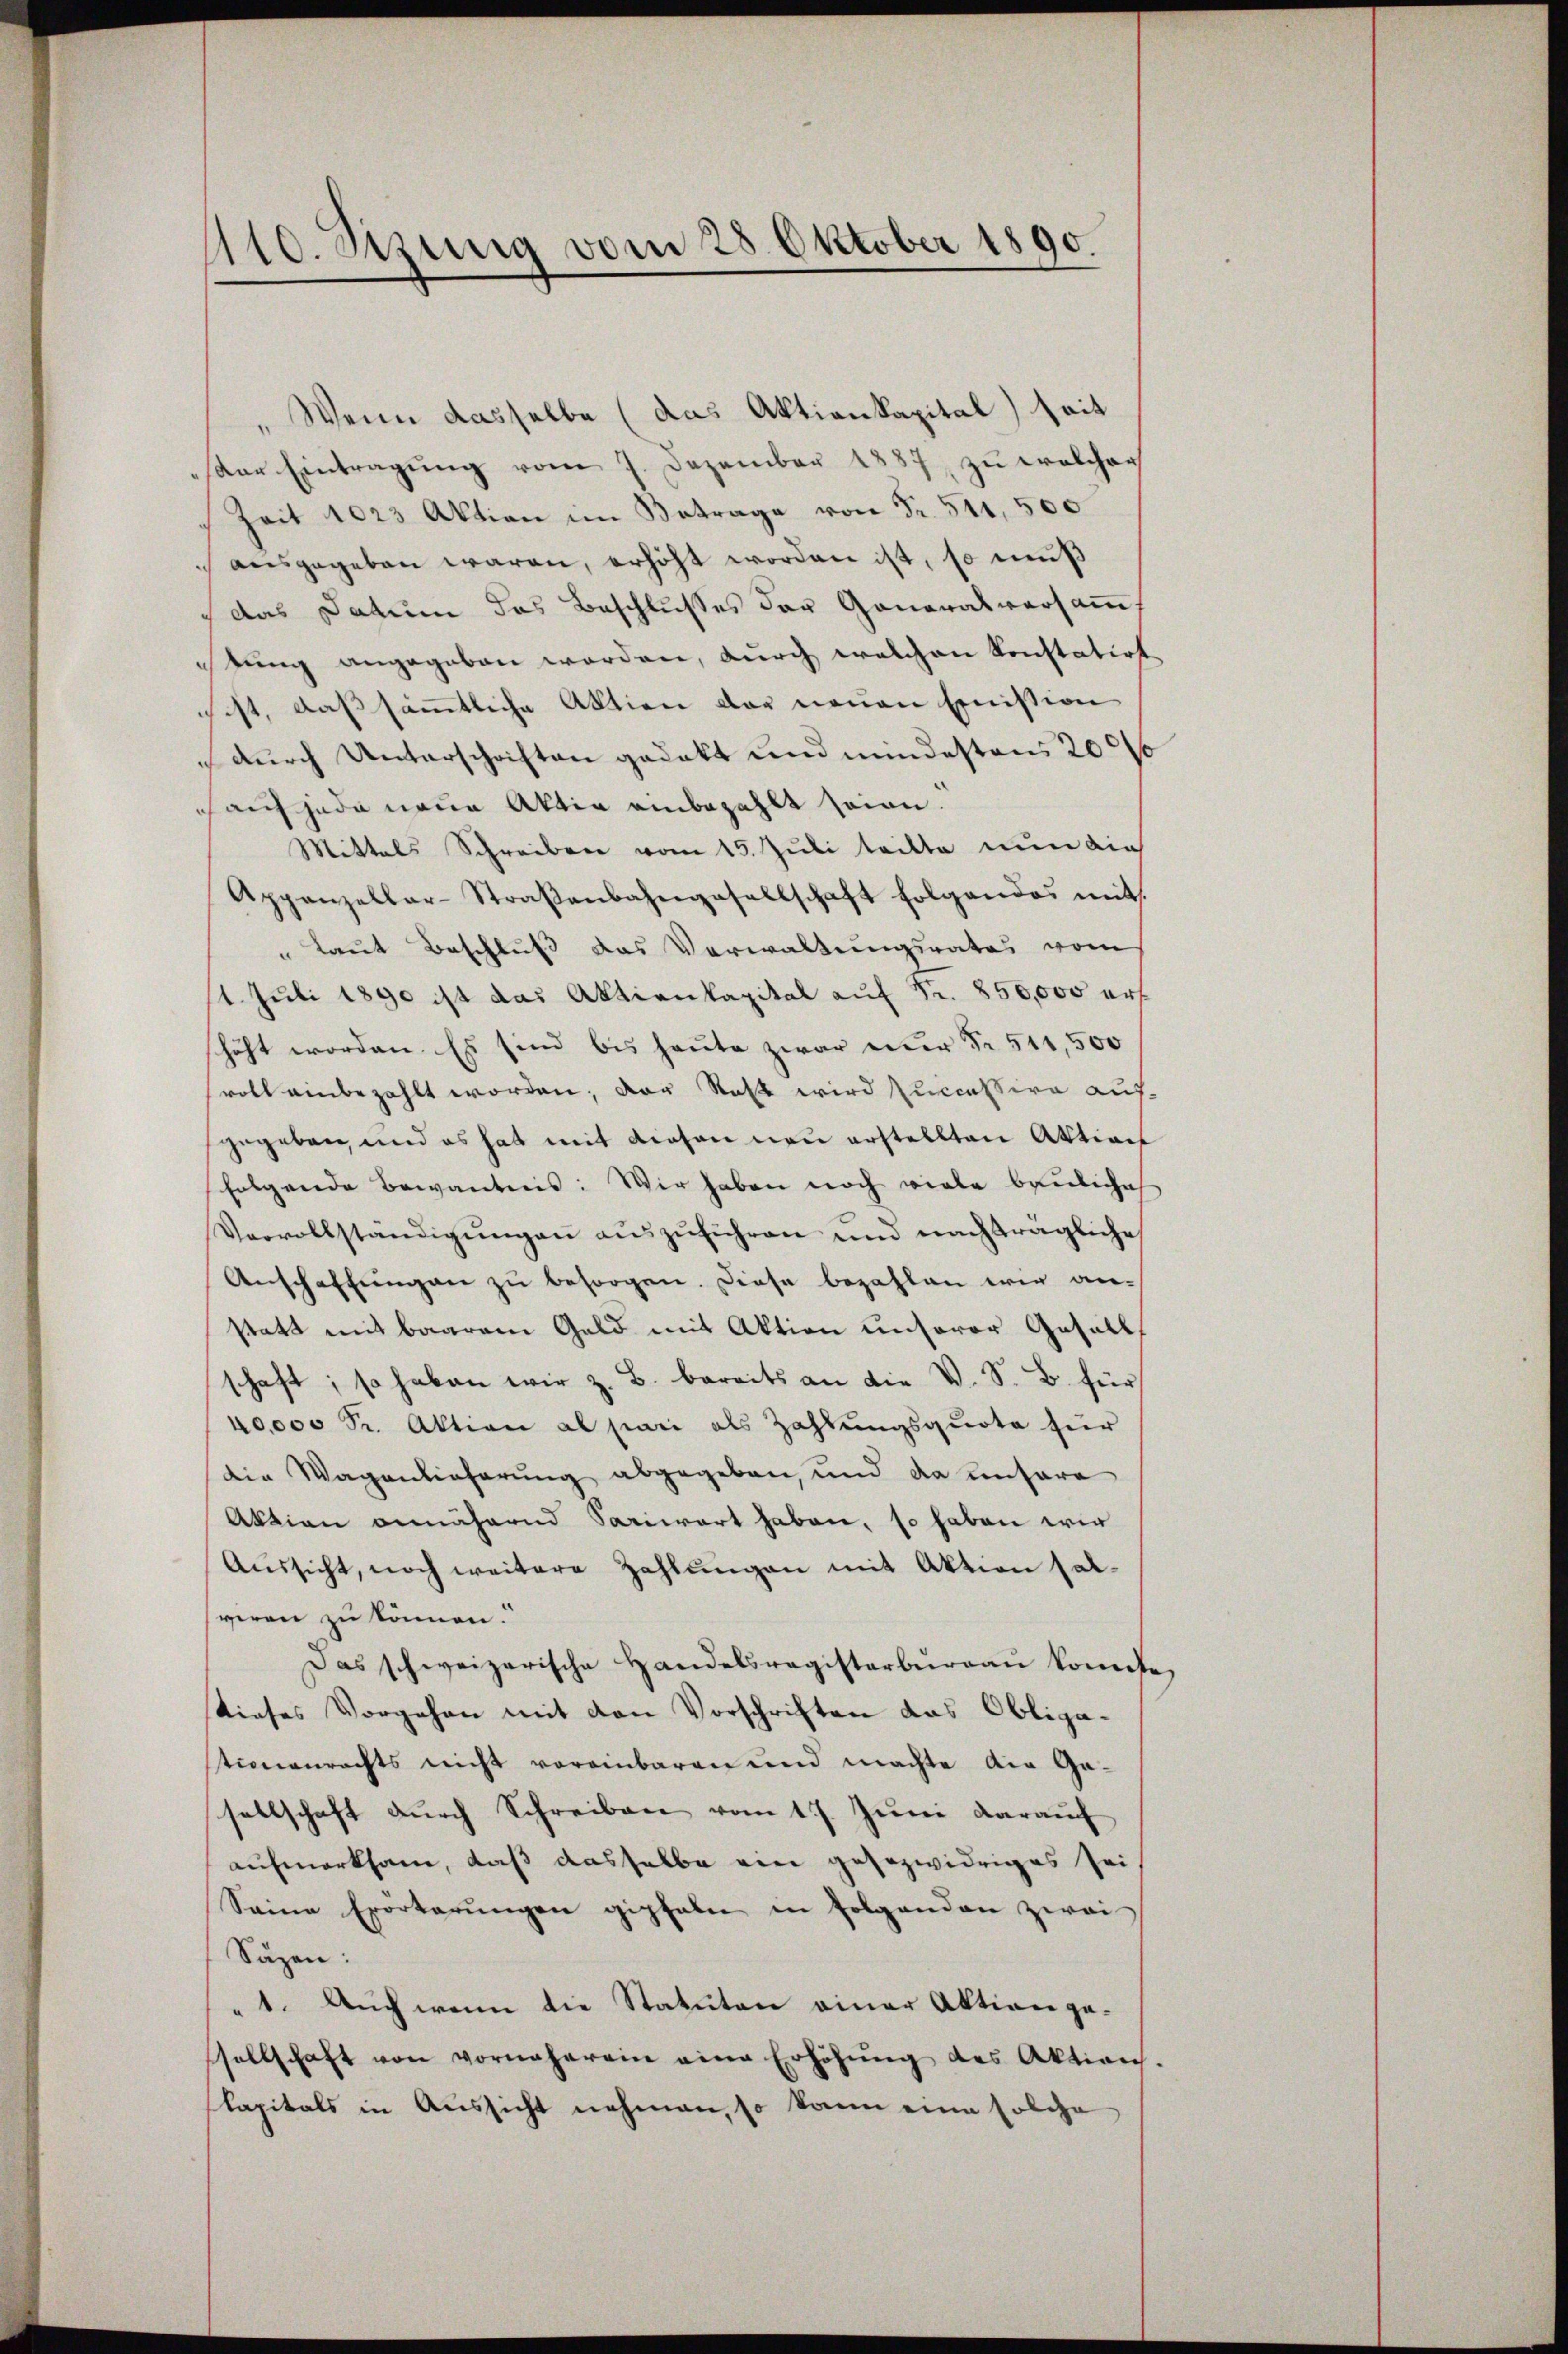
410. Stung vom 28. Oktober 1890.

Wenn dasselbe (das Aktienkapital seit
der Eintragung vom 7. Dezember 1887, zu welcher
Zeit 1023 Aktion im Betrage von Fr. 511, 500
ausgegeben waren, erhöht worden ist, so muß
das Datum das Beschlusses der Generalversammtung angegeben worden, durch welchen konstatiot
ist, daß sämtliche Aktien der neuen Emission
durch Unterschriften gedekt und mindestens 200
sauf jede neue Aktia einbezahlt seien.
Mittels Schreiben vom 15. Juli teilte nun die
Appenzellar-Straβenbahngesellschaft folgendes mit
" laut Beschluß das Verwaltungsrates vom
1. Juli 1890 ist das Aktienkapital aŭf Fr. 850,000 erf
schäft worden. Es sind bis heute zwar nur Fr. 511,500
roll einbezahlt worden; der Rest wird successire aufgegeben, und es hat mit diesen neu erstellten Aktion
folgende Bewantreis: Wir haben noch viele bauliches
Vervollständigŭngen aŭszŭführen und nachträgliche
Anschaffŭngen zu besorgen. Diese bezahlen wir anstatt mit baarem Geld mit Aktion unserer Gesellschaft; so haben wir z. B. bereits an die V. S. B. für
40,000 Fr. Aktion al par als Zahlungsquote für
die Wagenlieferung abgegeben, und da unsere
Aktion annähernd Sariwart haben, so haben wir
Aŭssicht, noch weitere Zahlungen mit Aktion halveran zu können.“
Das schweizerische Handelsregisterburgau konnte,
tieses Vorgehen mit den Vorschriften das Obligationenrechts nicht voreinbaren und machte die Gesellschaft durch Schreiben vom 17. Juni darauf
aufmerksam, daß dasselbe ein gesezwidriges sei
Seine Erörterŭngen gipfeln in Folgenden zwei-
Säzen:
" 1. Auch wenn die Statuten einer Aktion gesellschaft von vornäherein eine Erhöhŭng des Aktion.
lapitals in Aussicht nehmen, so kann eine solche